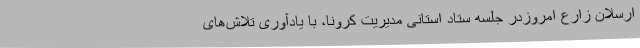
ارسلان زارع امروزدر جلسه ستاد استانی مدیریت کرونا، با یادآوری تلاش‌های